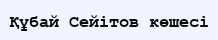
Құбай Сейітов көшесі